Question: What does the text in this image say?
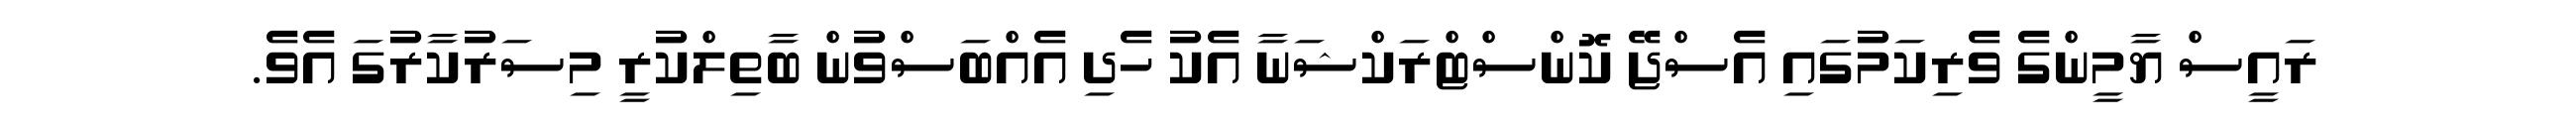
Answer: ރައީސް ޔާމީންގެ ވެރިކަމުގައި އެސްޖޭ ކޮންސްޓްރަކްޝަނާ އެކު ހެދި އެއްބަސްވުން ބާތިލްކުރީ މިސަރުކާރުގަ އެވެ.